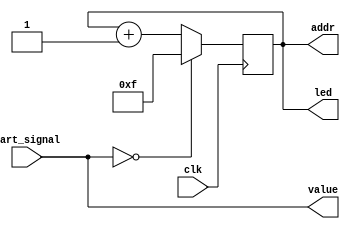
module uart_pc (
	input clk,
	input [7:0] uart_signal,
	output [7:0] value,
	output reg [3:0] addr,
	output [3:0] led
	);
	
	assign value[7:0] = uart_signal[7:0];
	
	reg [1:0] rst;
	
	assign led = addr;
	
	always @(posedge clk)
		begin
			if (uart_signal == 0)
				addr <= -1;
			else
				addr <= addr + 1;
		end
	
endmodule